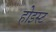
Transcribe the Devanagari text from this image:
होइस्ट